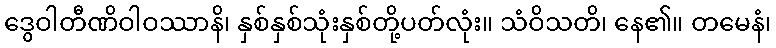
ဒွေဝါတီဏိဝါဝဿာနိ၊ နှစ်နှစ်သုံးနှစ်တို့ပတ်လုံး။ သံဝိသတိ၊ နေ၏။ တမေနံ၊